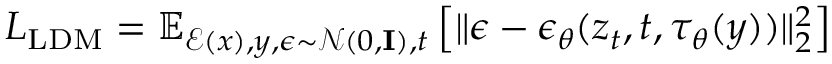
L _ { \mathrm { L D M } } = \mathbb { E } _ { \mathcal { E } ( x ) , y , \epsilon \sim \mathcal { N } ( 0 , \mathbf { I } ) , t } \left[ \Vert \epsilon - \epsilon _ { \theta } ( z _ { t } , t , \tau _ { \theta } ( y ) ) \Vert _ { 2 } ^ { 2 } \right]